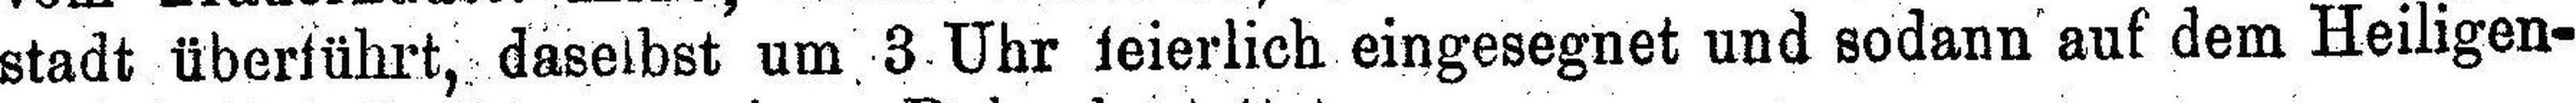
stadt überführt, daselbst um 3 Uhr feierlich eingesegnet und sodann auf dem Heiligen¬